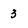
Character: 3